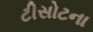
ટીસોટના